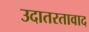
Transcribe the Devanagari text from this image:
उदातरतावाद